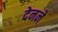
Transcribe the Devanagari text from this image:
देनने